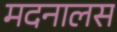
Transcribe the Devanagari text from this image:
मदनालस